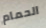
الحمام